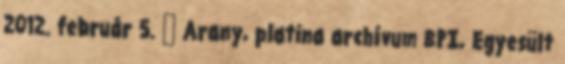
2012. február 5. ↑ Arany, platina archívum BPI, Egyesült